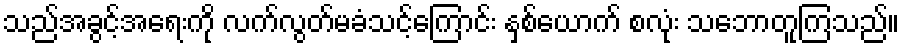
သည်အခွင့်အရေးကို လက်လွတ်မခံသင့်ကြောင်း နှစ်ယောက် စလုံး သဘောတူကြသည်။